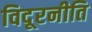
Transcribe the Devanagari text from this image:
विदूरनीति